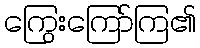
ကြွေးကြော်ကြ၏